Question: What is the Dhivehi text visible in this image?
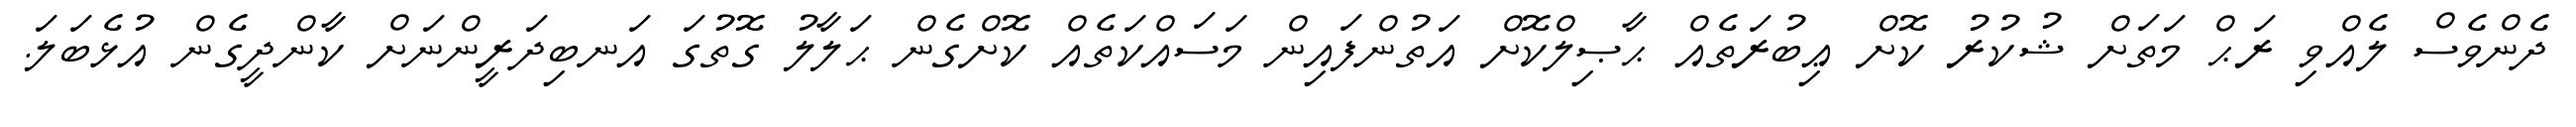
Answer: ދެންވެސް ލެއްވި ރަޙް މަތަށް ޝުކުރު ކޮށް ޢިބުރަތެއް ޙާޞިލްކޮށް އަތުންފައިން މަސައްކަތެއް ކޮށްގެން ޙަލާލު ގޮތުގަ އަނބިދަރީންނަށް ކާންދީގެން އުޅެބަލަ.